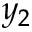
y _ { 2 }